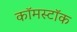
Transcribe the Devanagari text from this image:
कॉमस्टॉक